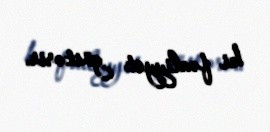
ki fəaliyyət göstərir.